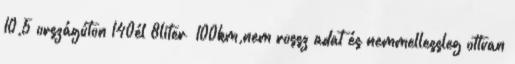
10,5 országúton 140él 8liter 100km,nem rossz adat és nemmellessleg ottvan